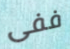
ففى